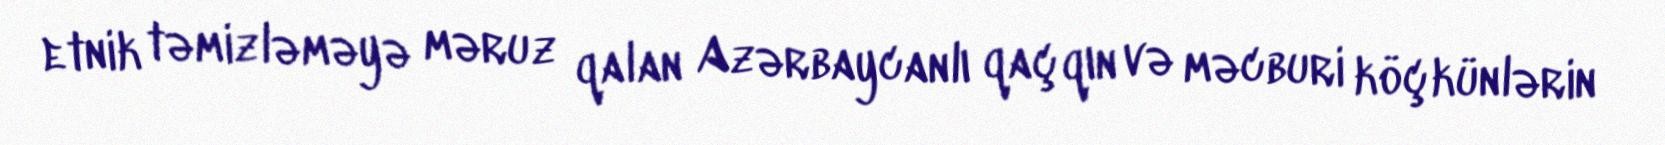
etnik təmizləməyə məruz qalan Azərbaycanlı qaçqın və məcburi köçkünlərin